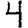
Digit: 4